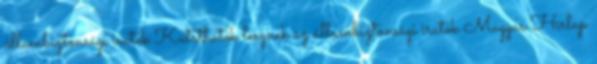
állambiztonsági iratok Kutathatók lesznek az állambiztonsági iratok Magyar Hírlap